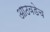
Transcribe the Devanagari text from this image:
आठवडेच